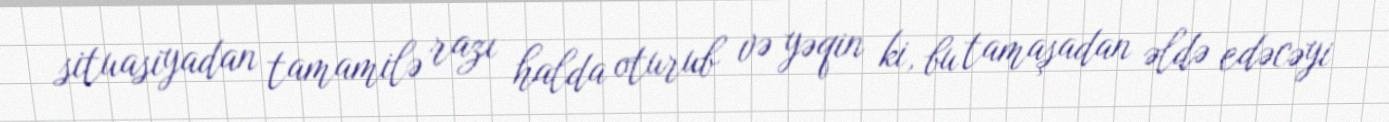
situasiyadan tamamilə razı halda oturub və yəqin ki, bu tamaşadan əldə edəcəyi